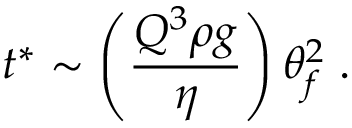
t ^ { \ast } \sim \left( \frac { Q ^ { 3 } \rho g } { \eta } \right) \theta _ { f } ^ { 2 } \; .